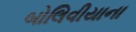
બોલિવીયાના